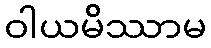
ဝါယမိဿာမ